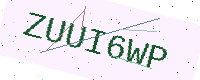
Text: ZUUI6WP